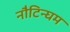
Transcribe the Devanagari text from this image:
नौटिन्घम